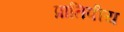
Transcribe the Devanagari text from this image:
प्रातिपीय